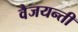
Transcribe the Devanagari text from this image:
वैजयन्‍ती